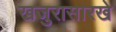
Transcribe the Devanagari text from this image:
खजुरासारखे